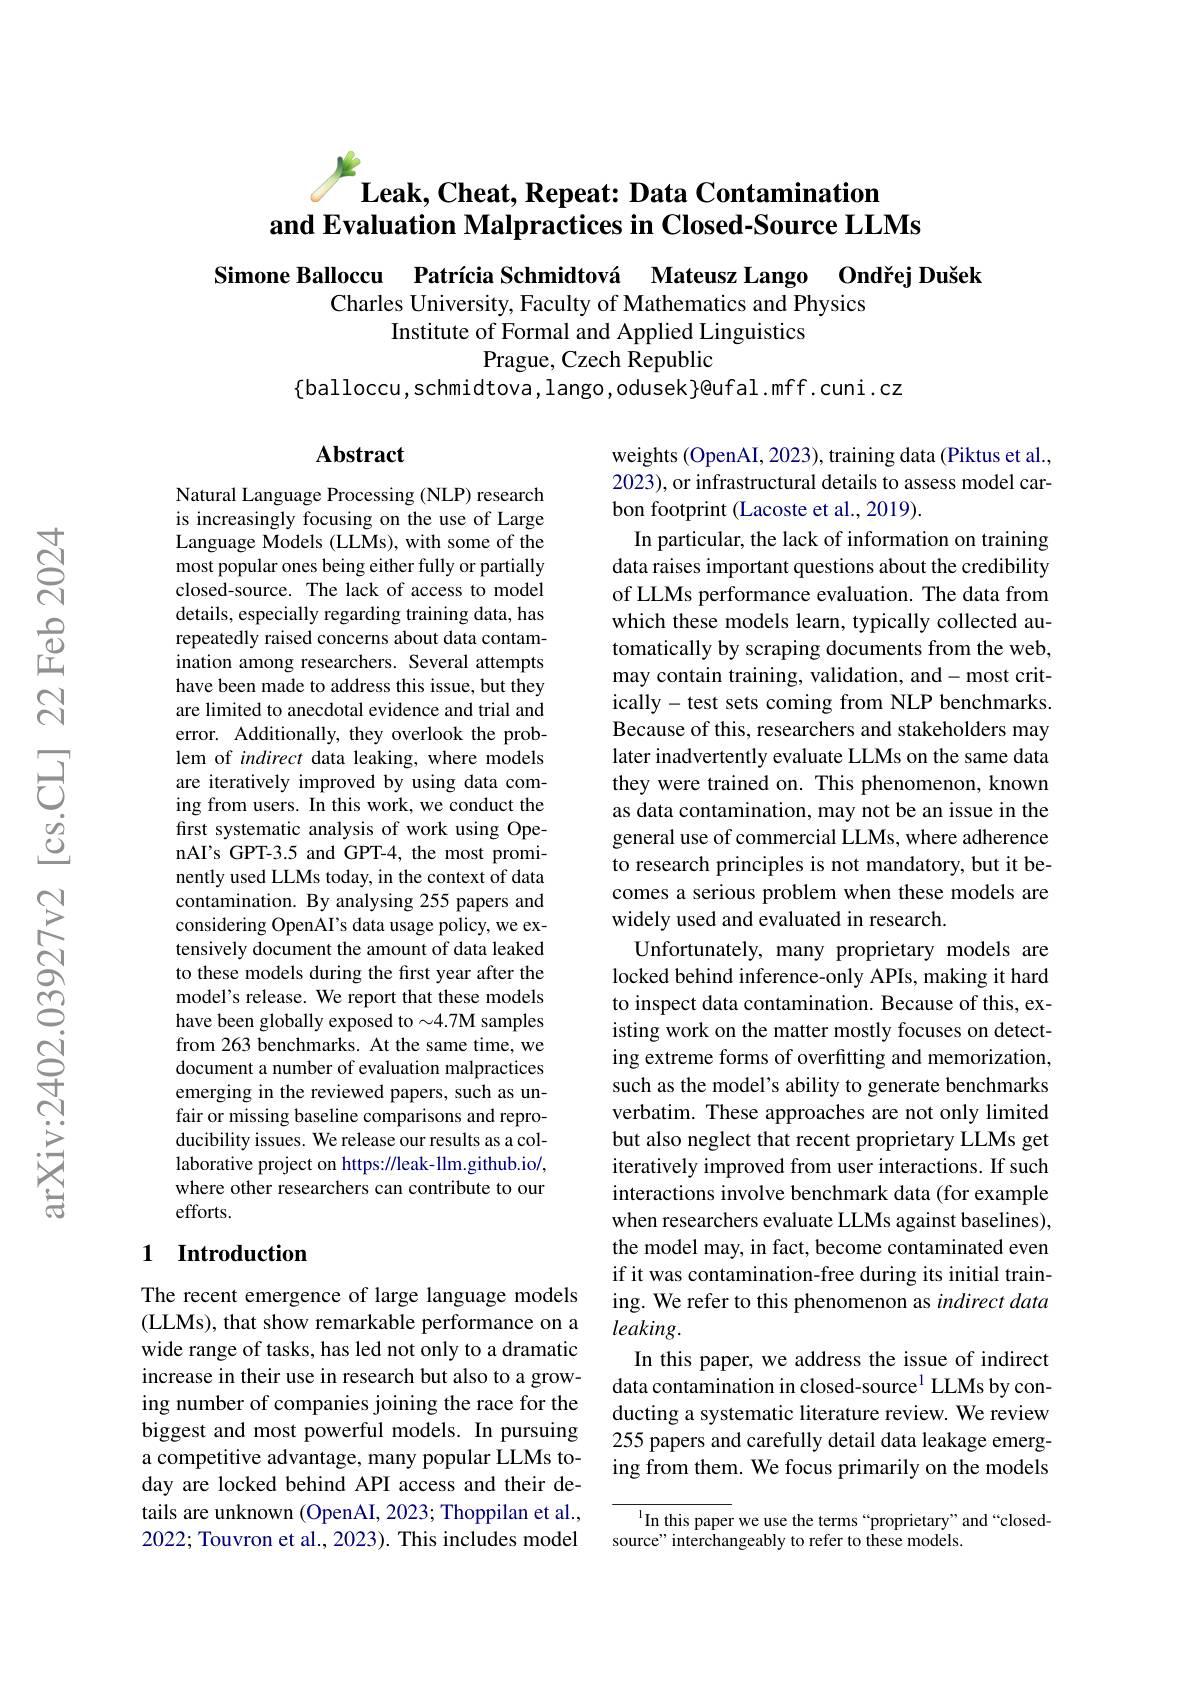
# $\textbf{Leak, Cheat, Repeat: Data Contamination}$ and Evaluation Malpractices in Closed-Source LLMs

Simone Balloccu Patrícia Schmidtová Mateusz Lango Ondřej Dušek
Charles University, Faculty of Mathematics and Physics
Institute of Formal and Applied Linguistics
Prague, Czech Republic
$\{$balloccu,schmidtova,lango,odusek}@ufal.mff.cuni.cz,

### $\mathbf{Abstract}$

Natural Language Processing (NLP) research is increasingly focusing on the use of Large Language Models (LLMs), with some of the most popular ones being either fully or partially closed-source. The lack of access to model details, especially regarding training data, has repeatedly raised concerns about data contamination among researchers. Several attempts have been made to address this issue, but they are limited to anecdotal evidence and trial and error. Additionally, they overlook the problem of indirect data leaking, where models are iteratively improved by using data coming from users. In this work, we conduct the first systematic analysis of work using OpenAI's GPT-3.5 and GPT-4, the most prominently used LLMs today, in the context of data contamination. By analysing 255 papers and considering OpenAI's data usage policy, we extensively document the amount of data leaked to these models during the first year after the model's release. We report that these models have been globally exposed to $\sim4.7$M samples from 263 benchmarks. At the same time, we document a number of evaluation malpractices emerging in the reviewed papers, such as unfair or missing baseline comparisons and reproducibility issues. We release our results as a collaborative project on https://leak-llm.github.io/, where other researchers can contribute to our efforts.

## 1 Introduction

The recent emergence of large language models (LLMs), that show remarkable performance on a wide range of tasks, has led not only to a dramatic increase in their use in research but also to a growing number of companies joining the race for the biggest and most powerful models. In pursuing a competitive advantage, many popular LLMs today are locked behind API access and their details are unknown (OpenAI, 2023; Thoppilan et al., 2022; Touvron et al., 2023). This includes model

weights (OpenAI, 2023), training data (Piktus et al., 2023), or infrastructural details to assess model carbon footprint (Lacoste et al., 2019).
In particular, the lack of information on training data raises important questions about the credibility of LLMs performance evaluation. The data from which these models learn, typically collected automatically by scraping documents from the web, may contain training, validation, and- most critically-test sets coming from NLP benchmarks. Because of this, researchers and stakeholders may later inadvertently evaluate LLMs on the same data they were trained on. This phenomenon, known as data contamination, may not be an issue in the general use of commercial LLMs, where adherence to research principles is not mandatory, but it becomes a serious problem when these models are widely used and evaluated in research.
Unfortunately, many proprietary models are locked behind inference-only APIs, making it hard to inspect data contamination. Because of this, existing work on the matter mostly focuses on detecting extreme forms of overfitting and memorization, such as the model's ability to generate benchmarks verbatim. These approaches are not only limited but also neglect that recent proprietary LLMs get iteratively improved from user interactions. If such interactions involve benchmark data (for example when researchers evaluate LLMs against baselines), the model may, in fact, become contaminated even if it was contamination-free during its initial training. We refer to this phenomenon as indirect data $leaking.$
In this paper, we address the issue of indirect data contamination in closed-source$^{1}$ LLMs by conducting a systematic literature review. We review 255 papers and carefully detail data leakage emerging from them. We focus primarily on the models
${^{1}\text{In this paper we use the terms“proprietary”and“closed-}}$

source" interchangeably to refer to these models.